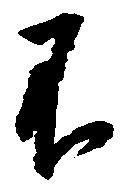
不